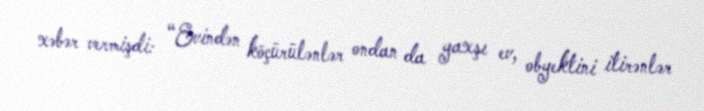
xəbər vermişdi: “Evindən köçürülənlər ondan da yaxşı ev, obyektini itirənlər